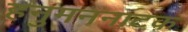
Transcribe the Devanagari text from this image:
हनुमननाटक